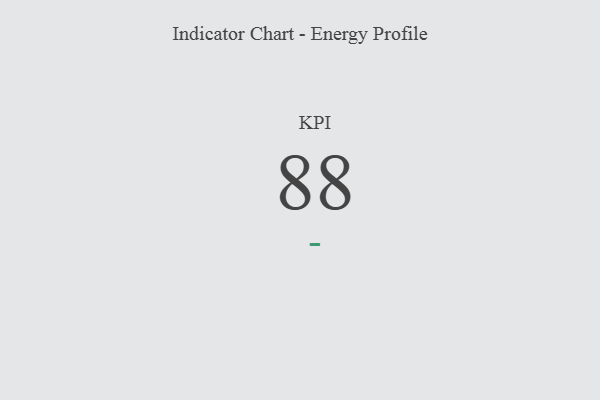
{"axis": {"x": "KPI", "y": "Value"}, "legend": [""], "data": [{"x": "KPI", "y": 88, "type": ""}]}